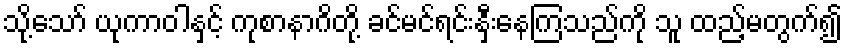
သို့သော် ယုကာဝါနှင့် ကုစာနာဂိတို့ ခင်မင်ရင်းနှီးနေကြသည်ကို သူ ထည့်မတွက်၍